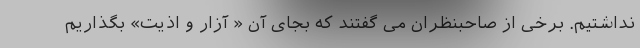
نداشتیم. برخی از صاحبنظران می گفتند که بجای آن « آزار و اذیت» بگذاریم